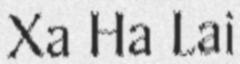
Xa Ha Lai